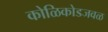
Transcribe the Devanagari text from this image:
कोळिकोडजवळ